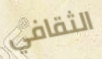
الثقافي